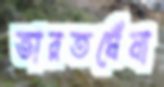
ভারতঘেঁষা